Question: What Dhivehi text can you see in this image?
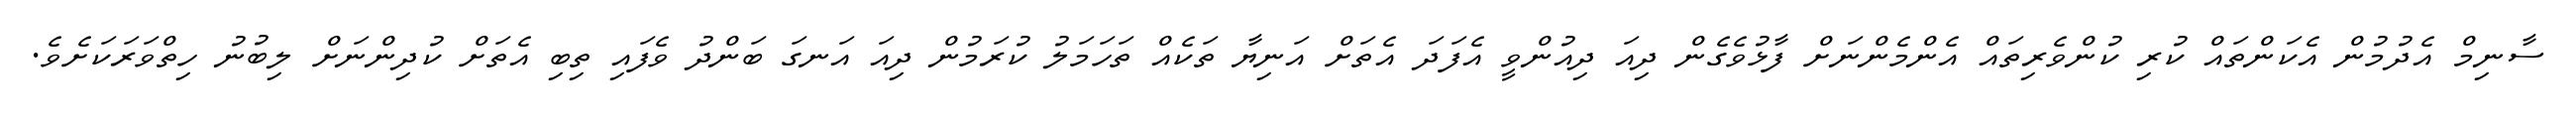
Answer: ސާނިމް އެދުމުން އެކަންތައް ކުރި ކުންވެރިތައް އެންމެންނަށް ފާޅުވެގެން ދިއަ ދިއުންވީ އެފަދަ އެތަށް އަނިޔާ ތަކެއް ތަހަމަލު ކުރަމުން ދިއަ އަނގަ ބަންދު ވެފައި ތިބި އެތަށް ކުދިންނަށް ލިބުނު ހިތްވަރަކަށެވެ.